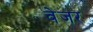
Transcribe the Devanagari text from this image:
वेजर